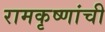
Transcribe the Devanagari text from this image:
रामकृष्णांची